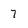
Character: 7